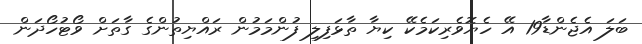
ބަލަ އެޖެންޑާ19 އޭ ހެޔޮވެރިކަމެކޭ ކިޔާ ތާޅަފިލި ފުންމަމުން ރައްޔިތުންގެ ގާތަށް ވޯޓުހޯދަން